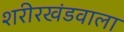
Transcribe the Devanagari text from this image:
शरीरखंडवाला